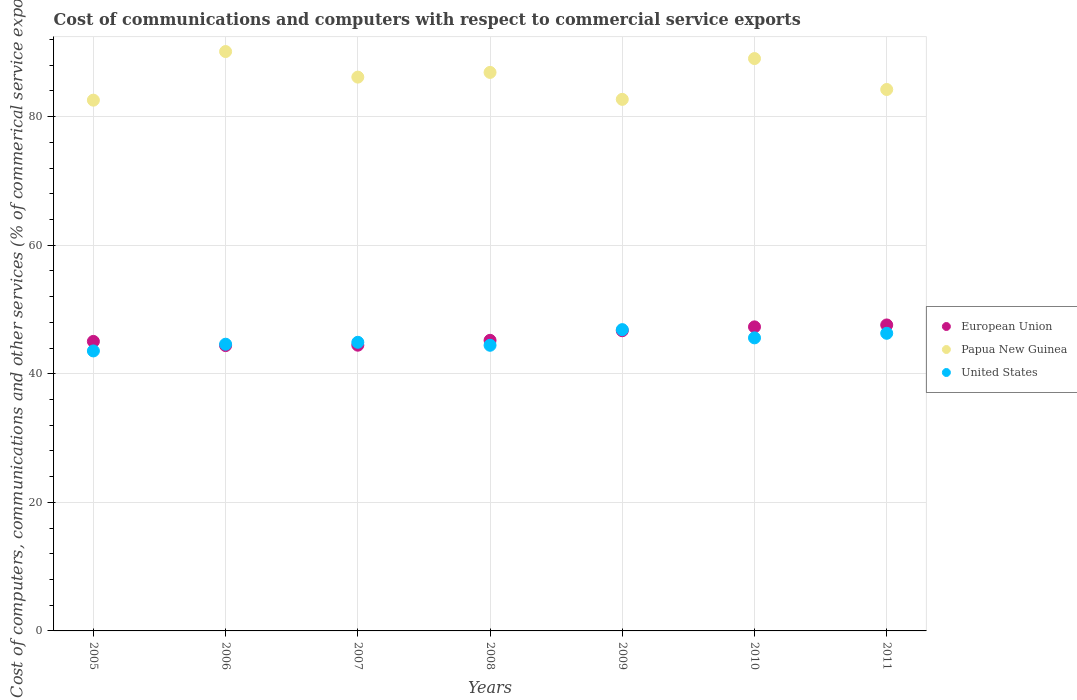
| Years | European Union | Papua New Guinea | United States |
 | --- | --- | --- | --- |
 | 2005 | 45 | 82.6 | 43.6 |
 | 2006 | 44.4 | 90.1 | 44.6 |
 | 2007 | 44.4 | 86.1 | 44.9 |
 | 2008 | 45.2 | 86.9 | 44.4 |
 | 2009 | 46.7 | 82.7 | 46.9 |
 | 2010 | 47.3 | 89 | 45.6 |
 | 2011 | 47.6 | 84.2 | 46.3 |